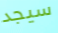
سيجد